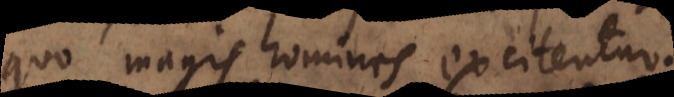
quo magis homines excitentur.